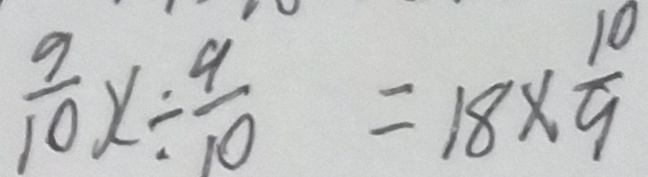
\frac { 9 } { 1 0 } x \div \frac { 9 } { 1 0 } = 1 8 \times \frac { 1 0 } { 9 }